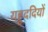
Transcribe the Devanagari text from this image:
यहूददियों